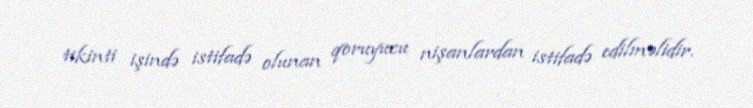
tikinti işində istifadə olunan qoruyucu nişanlardan istifadə edilməlidir.